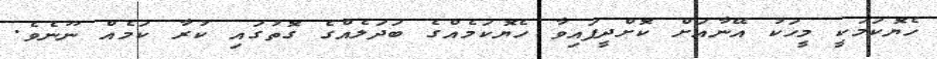
ހެޔޮކަމަކީ މީހަކު އޭނާއަށް ކޮށްދީފައިވާ ހެޔޮކަމެއްގެ ބަދަލެއްގެ ގޮތުގައި ކުރާ ކަމެއް ނޫނެވެ.